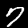
Digit: 7